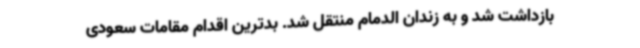
بازداشت شد و به زندان الدمام منتقل شد. بدترین اقدام مقامات سعودی